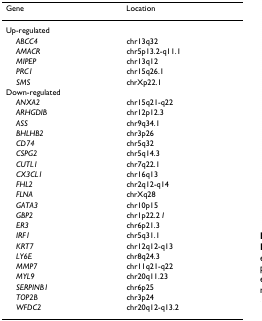
<table><thead><tr><td><b>Gene</b></td><td><b>Location</b></td></tr></thead><tbody><tr><td>Up-regulated</td><td></td></tr><tr><td> <i>ABCC4</i></td><td>chr13q32</td></tr><tr><td> <i>AMACR</i></td><td>chr5p13.2-q11.1</td></tr><tr><td> <i>MIPEP</i></td><td>chr13q12</td></tr><tr><td> <i>PRC1</i></td><td>chr15q26.1</td></tr><tr><td> <i>SMS</i></td><td>chrXp22.1</td></tr><tr><td>Down-regulated</td><td></td></tr><tr><td> <i>ANXA2</i></td><td>chr15q21-q22</td></tr><tr><td> <i>ARHGDIB</i></td><td>chr12p12.3</td></tr><tr><td> <i>ASS</i></td><td>chr9q34.1</td></tr><tr><td> <i>BHLHB2</i></td><td>chr3p26</td></tr><tr><td> <i>CD74</i></td><td>chr5q32</td></tr><tr><td> <i>CSPG2</i></td><td>chr5q14.3</td></tr><tr><td> <i>CUTL1</i></td><td>chr7q22.1</td></tr><tr><td> <i>CX3CL1</i></td><td>chr16q13</td></tr><tr><td> <i>FHL2</i></td><td>chr2q12-q14</td></tr><tr><td> <i>FLNA</i></td><td>chrXq28</td></tr><tr><td> <i>GATA3</i></td><td>chr10p15</td></tr><tr><td> <i>GBP2</i></td><td>chr1p22.2 <i>I</i></td></tr><tr><td> <i>ER3</i></td><td>chr6p21.3</td></tr><tr><td> <i>IRF1</i></td><td>chr5q31.1</td></tr><tr><td> <i>KRT7</i></td><td>chr12q12-q13</td></tr><tr><td> <i>LY6E</i></td><td>chr8q24.3</td></tr><tr><td> <i>MMP7</i></td><td>chr11q21-q22</td></tr><tr><td> <i>MYL9</i></td><td>chr20q11.23</td></tr><tr><td> <i>SERPINB1</i></td><td>chr6p25</td></tr><tr><td> <i>TOP2B</i></td><td>chr3p24</td></tr><tr><td> <i>WFDC2</i></td><td>chr20q12-q13.2</td></tr></tbody></table>